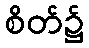
စိတ်၌